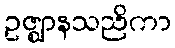
ဥဇ္ဈာနသညိကာ